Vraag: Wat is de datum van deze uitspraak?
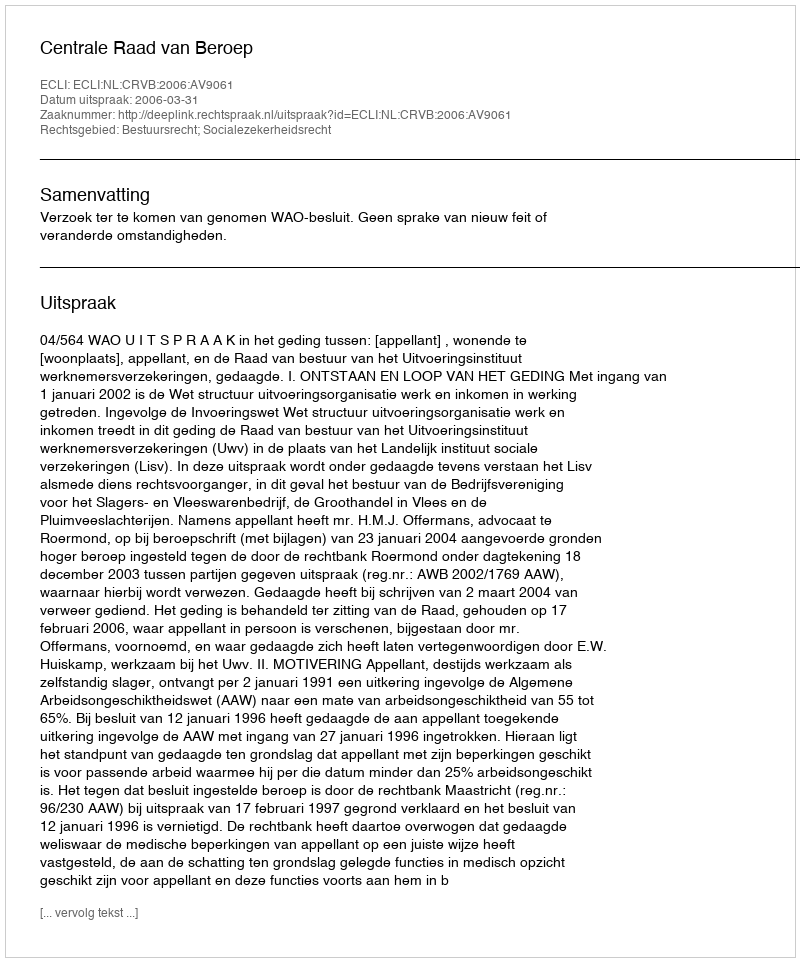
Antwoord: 2006-03-31